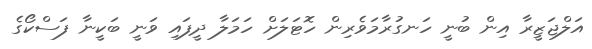
އަލްޖަޒީރާ އިން ބުނީ ހަނގުރާމަވެރިން ހޮޓަލަށް ހަމަލާ ދީފައި ވަނީ ބަކީނާ ފަސްކޯގެ